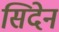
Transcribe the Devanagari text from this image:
सिदेन